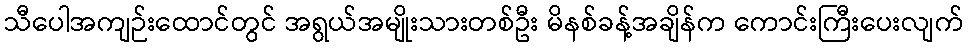
သီပေါအကျဉ်းထောင်တွင် အရွယ်အမျိုးသားတစ်ဦး မိနစ်ခန့်အချိန်က ကောင်းကြီးပေးလျက်